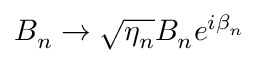
B _ { n } \to \sqrt { \eta _ { n } } B _ { n } e ^ { i \beta _ { n } }